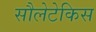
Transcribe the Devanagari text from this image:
सौलेटेकिस